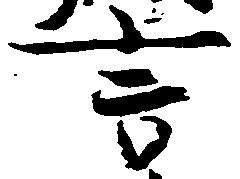
言